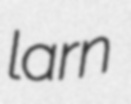
larn